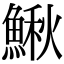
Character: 鰍